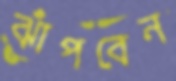
ঝাঁপবেন